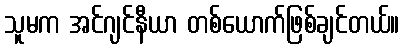
သူမက အင်ဂျင်နီယာ တစ်ယောက်ဖြစ်ချင်တယ်။